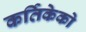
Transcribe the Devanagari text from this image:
कर्तिकेको